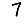
Digit: 7